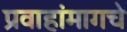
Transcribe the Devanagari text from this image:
प्रवाहांमागचे